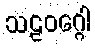
သဠဝဂ္ဂေါ